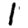
Digit: 1